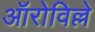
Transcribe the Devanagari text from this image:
ऑरोविल्ले